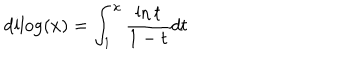
\mathrm { d i l o g } ( x ) = \int _ { 1 } ^ { x } { \frac { \ln { t } } { 1 - t } } d t